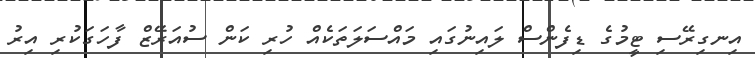
އިނގިރޭސި ޓީމުގެ ޑިފެންސް ލައިނުގައި މައްސަލަތަކެއް ހުރި ކަން ސުއަރޭޒް ފާހަގަކުރި އިރު